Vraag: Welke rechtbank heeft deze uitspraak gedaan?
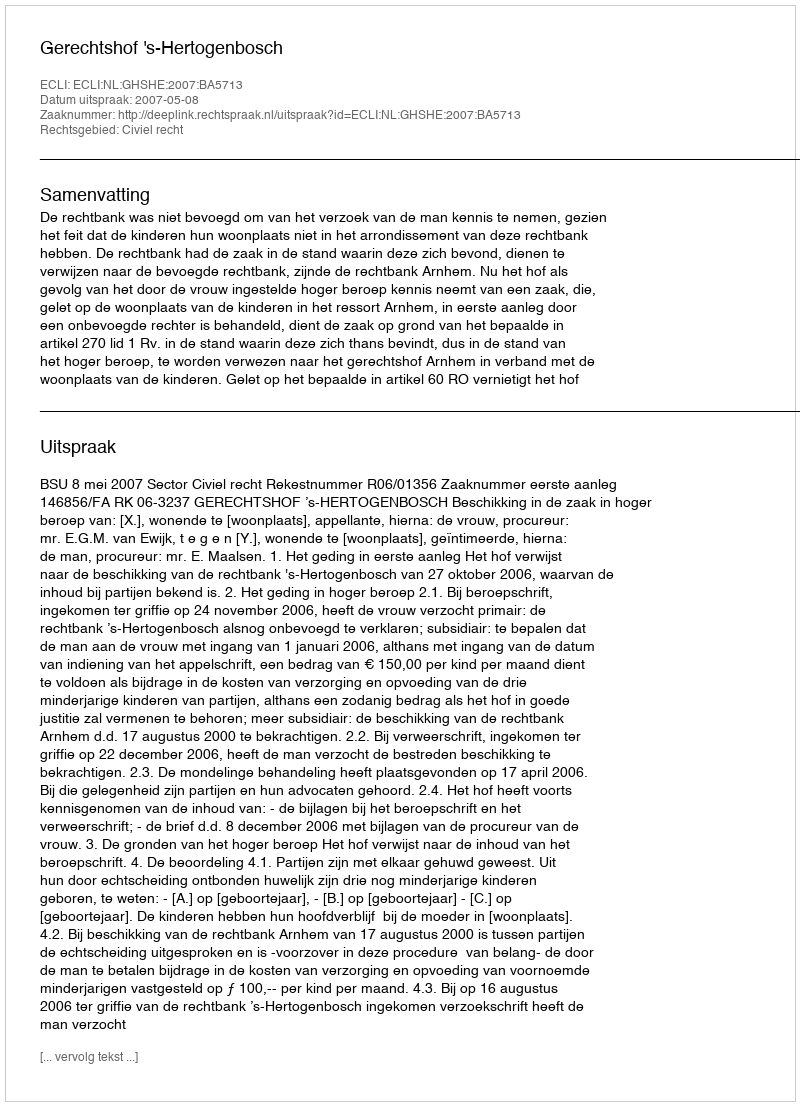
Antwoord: Gerechtshof 's-Hertogenbosch